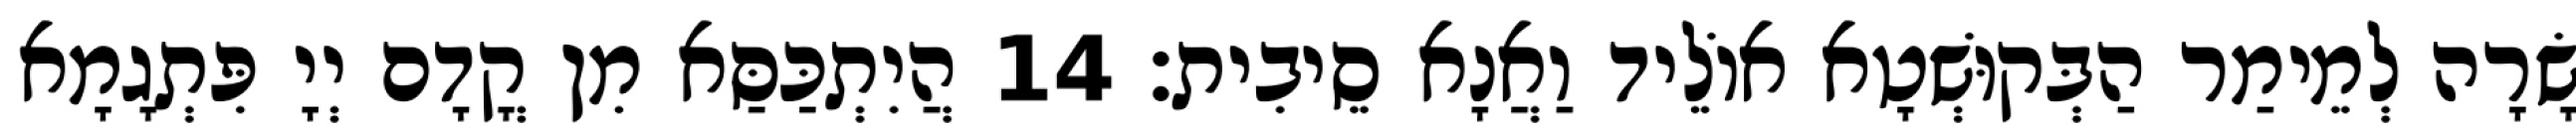
שָׂרָה לְמֵימַר הַבְּקוּשְׁטָא אוֹלֵיד וַאֲנָא סֵיבִית׃ 14 הֲיִתְכַּסַּא מִן קֳדָם יְיָ פִּתְגָמָא